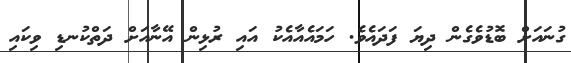
ގުނައަށް ބޮޑުވެގެން ދިޔަ ފަދައެވެ. ހަމައެއާއެކު އައި ރުޅިން އޭނާއަށް ދަތްކުނޑި ވިކައި